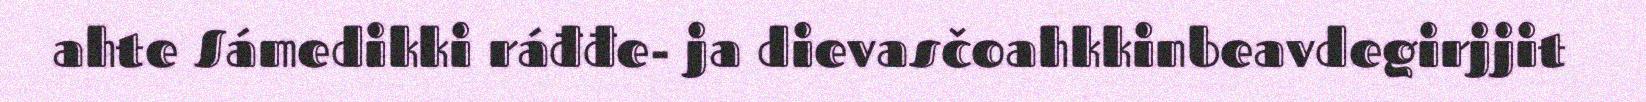
ahte Sámedikki ráđđe- ja dievasčoahkkinbeavdegirjjit